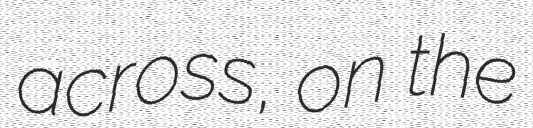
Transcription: across, on the